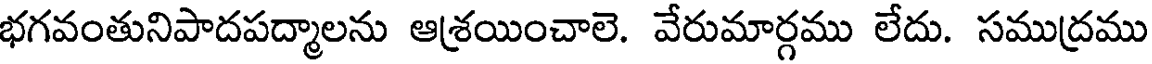
భగవంతునిపాదపద్మాలను ఆశ్రయించాలె. వేరుమార్గము లేదు. సముద్రము